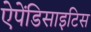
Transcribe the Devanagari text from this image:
ऐपेंडिसाइटिस